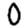
Digit: 0